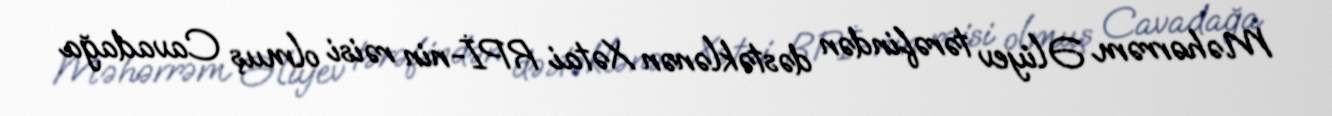
Məhərrəm Əliyev tərəfindən dəstəklənən Xətai RPİ-nin rəisi olmuş Cavadağa